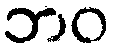
ဘဝ